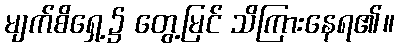
မျက်စိရှေ့၌ တွေ့မြင် သိကြားနေရ၏။